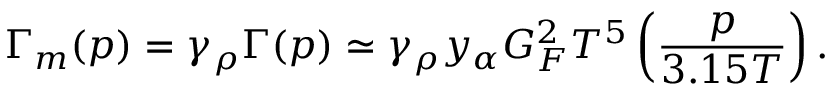
\Gamma _ { m } ( p ) = \gamma _ { \rho } \Gamma ( p ) \simeq \gamma _ { \rho } y _ { \alpha } G _ { F } ^ { 2 } T ^ { 5 } \left( { \frac { p } { 3 . 1 5 T } } \right) .